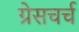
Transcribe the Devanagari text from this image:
ग्रेसचर्च